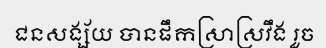
ជនសង្ស័យ បានផឹកស្រាស្រវឹង រួច